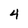
Character: 4